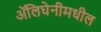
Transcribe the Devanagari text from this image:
ॲलिघेनीमधील